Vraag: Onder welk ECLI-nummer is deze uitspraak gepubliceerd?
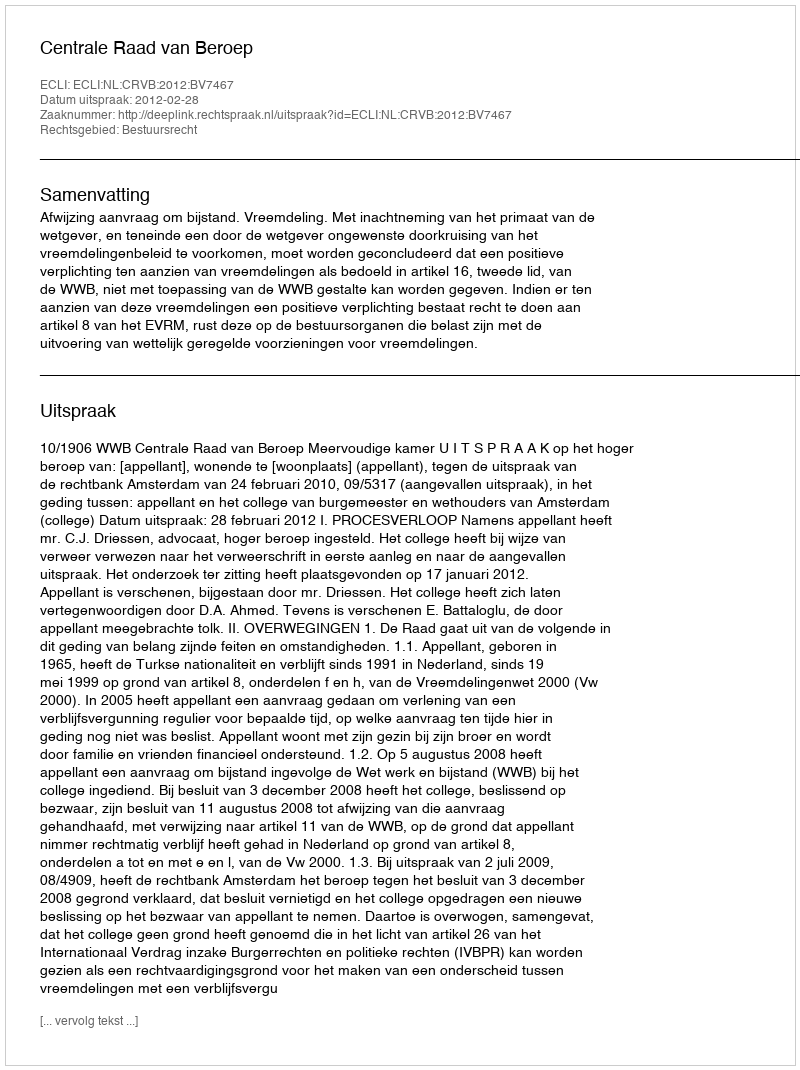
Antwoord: ECLI:NL:CRVB:2012:BV7467